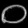
Digit: ၀